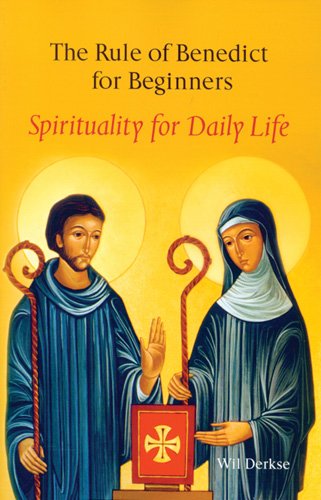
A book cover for The Rule Of Benedict For Beginners: Spirituality for Daily Life; Wil Derkse; Christian Books & Bibles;